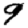
Digit: 9